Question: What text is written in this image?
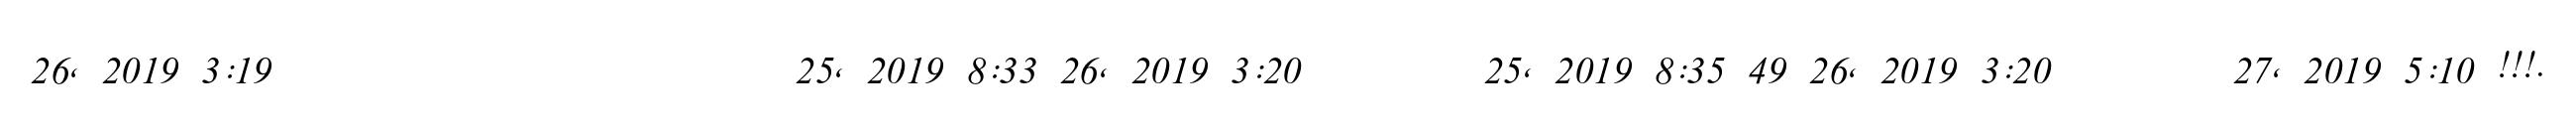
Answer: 26, 2019 3:19 ????????? ??? ??? ???????????? 25, 2019 8:33 26, 2019 3:20 ????????? 25, 2019 8:35 49 26, 2019 3:20 ????????? 27, 2019 5:10 !!!.